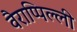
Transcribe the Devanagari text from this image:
वैराप्पिल्ली